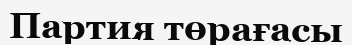
Партия төрағасы